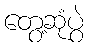
တွေ့ဆုံပွဲ